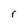
Character: r